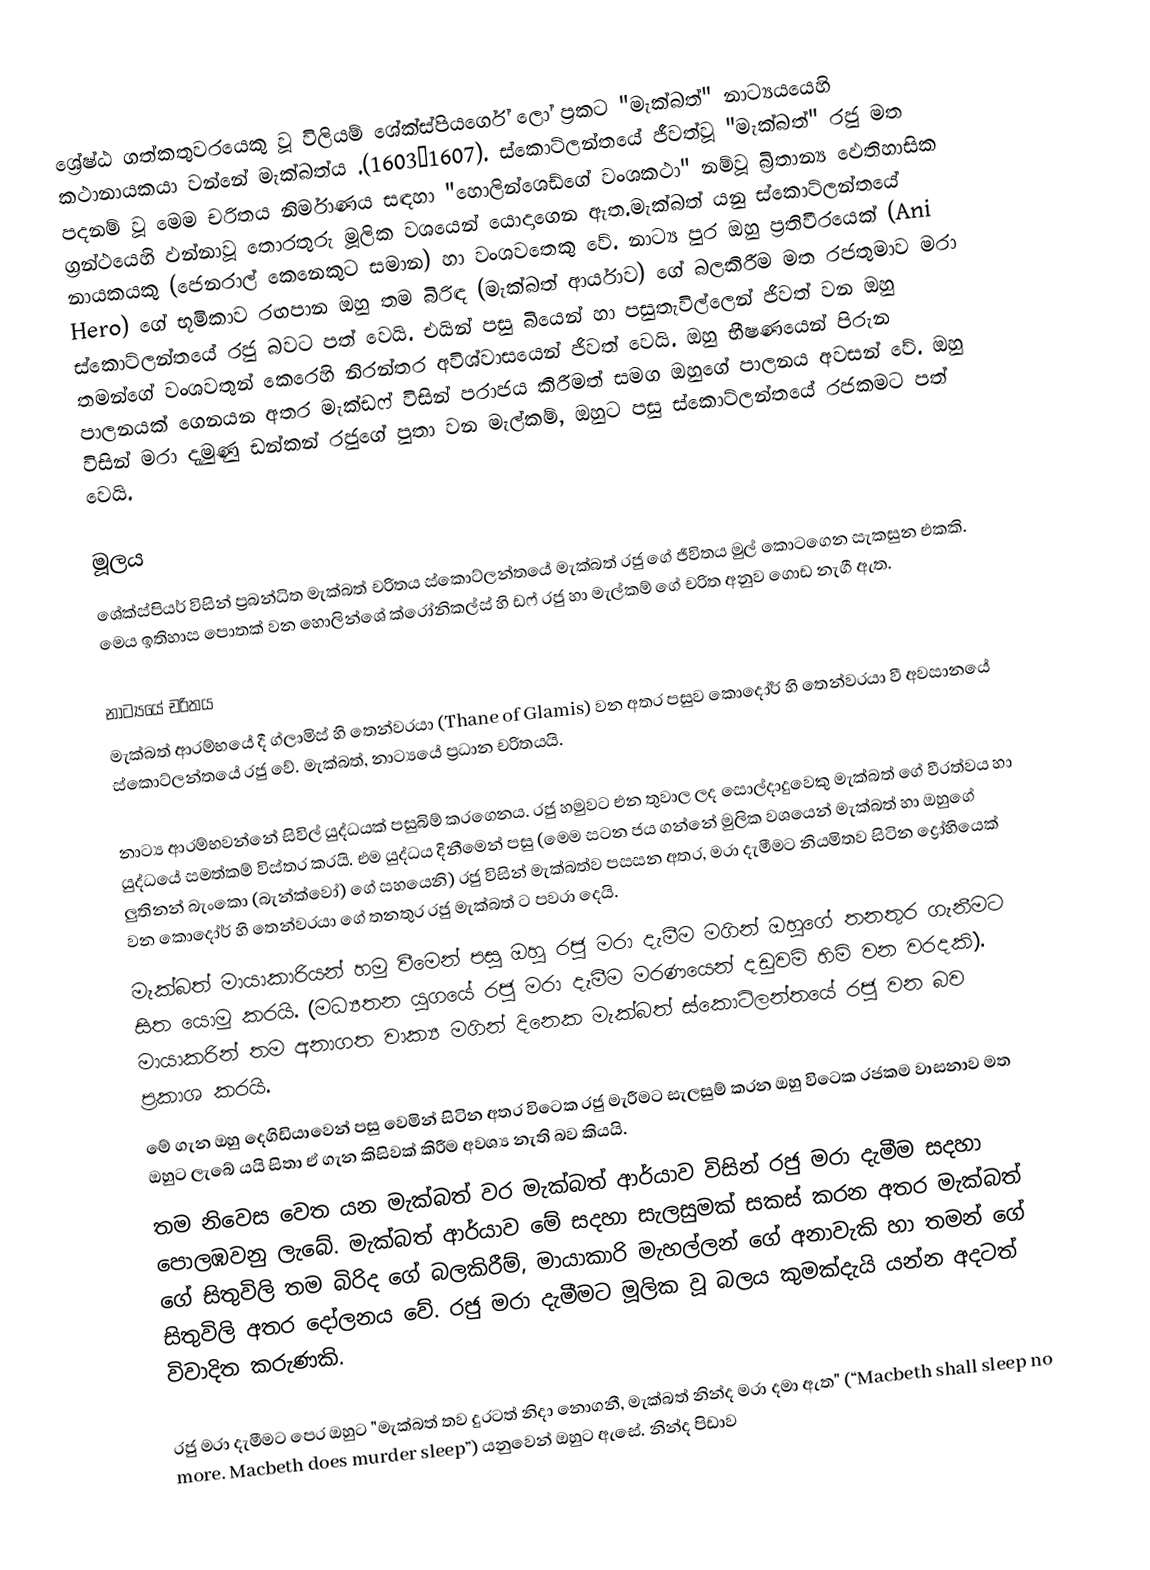
ශ්‍රේෂ්ඨ ගත්කතුවරයෙකු වූ විලියම් ශේක්ස්පියර්ගේ ලෝ ප්‍රකට "මැක්බත්" නාට්‍යයයෙහි කථානායකයා වන්නේ මැක්බත්ය .(1603–1607). ස්කොට්ලන්තයේ ජීවත්වූ "මැක්බත්" රජු මත පදනම් වූ මෙම චරිතය නිර්මාණය සඳහා "හොලින්ශෙඩ්ගේ වංශකථා" නම්වූ බ්‍රිතාන්‍ය ඵෙතිහාසික ග්‍රන්ථයෙහි ඵන්නාවූ තොරතුරු මූලික වශයෙන් යොදාගෙන ඇත.මැක්බත් යනු ස්කොට්ලන්තයේ නායකයකු (ජෙනරාල් කෙනෙකුට සමාන) හා වංශවතෙකු වේ. නාට්‍ය පුර ඔහු ප්‍රතිවීරයෙක් (Ani Hero) ගේ භූමිකාව රඟපාන ඔහු තම බිරිඳ (මැක්බත් ආර්යාව) ගේ බලකිරීම මත රජතුමාව මරා ස්කොට්ලන්තයේ රජු බවට පත් වෙයි. එයින් පසු බියෙන් හා පසුතැවිල්ලෙන් ජිවත් වන ඔහු තමන්ගේ වංශවතුන් කෙරෙහි නිරන්තර අවිශ්වාසයෙන් ජිවත් වෙයි. ඔහු භීෂණයෙන් පිරුන පාලනයක් ගෙනයන අතර මැක්ඩෆ් විසින් පරාජය කිරීමත් සමග ඔහුගේ පාලනය අවසන් වේ. ඔහු විසින් මරා දැමුණු ඩන්කන් රජුගේ පුතා වන මැල්කම්, ඔහුට පසු ස්කොට්ලන්තයේ රජකමට පත් වෙයි.

මූලය
ශේක්ස්පියර් විසින් ප්‍රබන්ධිත මැක්බත් චරිතය ස්කොට්ලන්තයේ මැක්බත් රජු ගේ ජීවිතය මුල් කොටගෙන සැකසුන එකකි. මෙය ඉතිහාස පොතක් වන හොලින්ශේ ක්රෝනිකල්ස් හි ඩෆ් රජු හා මැල්කම් ගේ චරිත අනුව ගොඩ නැගී ඇත.

නාට්‍යයේ චරිතය
මැක්බත් ආරම්භයේ දී ග්ලාමිස් හි තෙන්වරයා (Thane of Glamis) වන අතර පසුව කොදෝර් හි තෙන්වරයා වී අවසානයේ ස්කොට්ලන්තයේ රජු වේ. මැක්බත්, නාට්‍යයේ ප්‍රධාන චරිතයයි.

නාට්‍ය ආරම්භවන්නේ සිවිල් යුද්ධයක් පසුබිම් කරගෙනය. රජු හමුවට එන තුවාල ලද සොල්දාදුවෙකු මැක්බත් ගේ වීරත්වය හා යුද්ධයේ සමත්කම් විස්තර කරයි. එම යුද්ධය දිනීමෙන් පසු (මෙම සටන ජය ගන්නේ මුලික වශයෙන් මැක්බත් හා ඔහුගේ ලුතිනන් බැංකො (බැන්ක්වෝ) ගේ සහයෙනි) රජු විසින් මැක්බත්ව පසසන අතර, මරා දැමීමට නියමිතව සිටින ද්‍රෝහියෙක් වන කොදෝර් හි තෙන්වරයා ගේ තනතුර රජු මැක්බත් ට පවරා දෙයි.
මැක්බත් මායාකාරියන් හමු වීමෙන් පසු ඔහු රජු මරා දැමීම මගින් ඔහුගේ තනතුර ගැනීමට සිත යොමු කරයි. (මධ්‍යතන යුගයේ රජු මරා දැමීම මරණයෙන් දඩුවම් හිමි වන වරදකි). මායාකරින් තම අනාගත වාක්‍ය මගින් දිනෙක මැක්බත් ස්කොට්ලන්තයේ රජු වන බව ප්‍රකාශ කරයි.
මේ ගැන ඔහු දෙගිඩියාවෙන් පසු වෙමින් සිටින අතර විටෙක රජු මැරීමට සැලසුම් කරන ඔහු විටෙක රජකම වාසනාව මත ඔහුට ලැබේ යයි සිතා ඒ ගැන කිසිවක් කිරීම අවශ්‍ය නැති බව කියයි.
තම නිවෙස වෙත යන මැක්බත් වර මැක්බත් ආර්යාව විසින් රජු මරා දැමීම සදහා පොලඹවනු ලැබේ. මැක්බත් ආර්යාව මේ සදහා සැලසුමක් සකස් කරන අතර මැක්බත් ගේ සිතුවිලි තම බිරිද ගේ බලකිරීම්, මායාකාරි මැහල්ලන් ගේ අනාවැකි හා තමන් ගේ සිතුවිලි අතර දෝලනය වේ. රජු මරා දැමීමට මූලික වූ බලය කුමක්දැයි යන්න අදටත් විවාදිත කරුණකි.

රජු මරා දැමීමට පෙර ඔහුට "මැක්බත් තව දුරටත් නිදා නොගනී, මැක්බත් නින්ද මරා දමා ඇත" (“Macbeth shall sleep no more. Macbeth does murder sleep”) යනුවෙන් ඔහුට ඇසේ. නින්ද පිඩාව